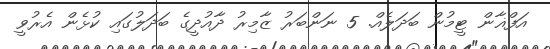
އަފްޣާން ޓީމުން ބަދަލެއް. 5 ނަންބަރު ޒާމިރު ދާއުދީގެ ބަދަލުގައި ކުޅެން އެރުވީ